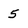
Character: 5